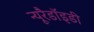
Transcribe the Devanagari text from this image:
न्यूरैडॉइडी